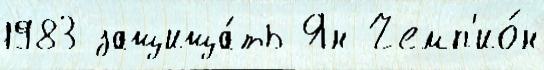
1983 защища́ть Ян Чемп'ио́н